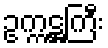
ဥက္ကဋ္ဌကြီး